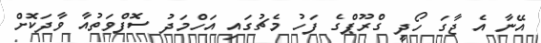
އޭނާ އެ ޖާގަ ހޯދީ ގްރޫޕްގެ ފަހު މެޗުގައި އަހްމަދު ސޮފްވަތުއާ ވާދަކޮށް